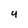
Character: Y